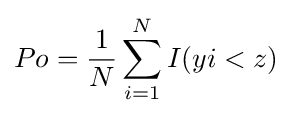
Po={\frac {1}{N}}\sum _{i=1}^{N}I(yi<z)